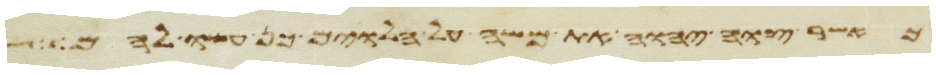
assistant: כאשר צוה יהוה את משה על הלוים כן עשו להם